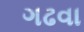
ગઢવા